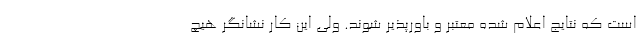
است که نتایج اعلام شده معتبر و باورپذیر شوند. ولی این کار نشانگر هیچ